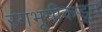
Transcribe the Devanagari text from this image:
रंगभूमीकडून